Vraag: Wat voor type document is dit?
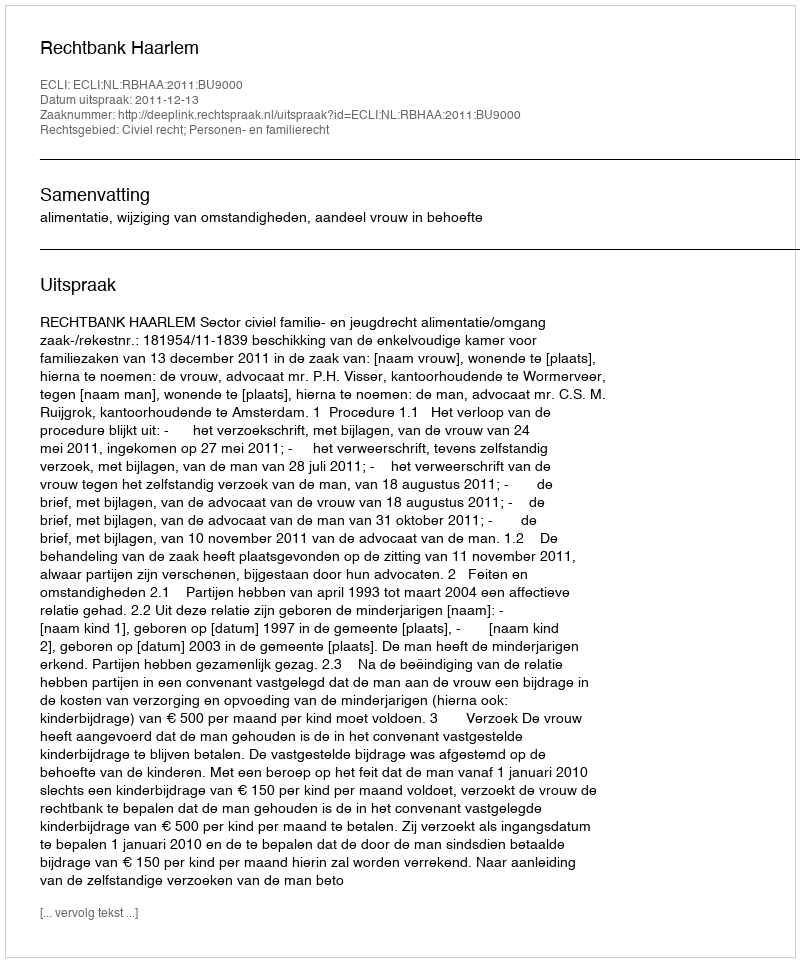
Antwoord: Uitspraak